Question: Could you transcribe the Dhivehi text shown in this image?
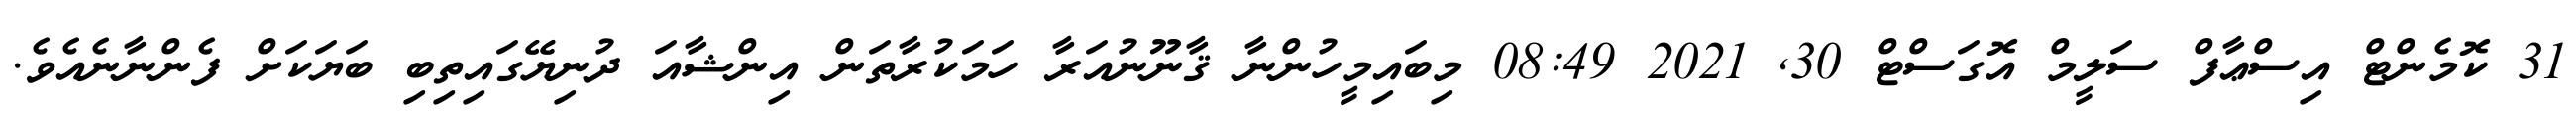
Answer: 31 ކޮމެންޓް އިސްޢާފް ސަލީމް އޮގަސްޓް 30, 2021 08:49 މިބައިމީހުންނާ ޤާނޫނުއަރާ ހަމަކުރާތަން އިންޝާއަ ދުނިޔޭގައިތިބި ބަޔަކަށް ފެންނާނެއެވެ.